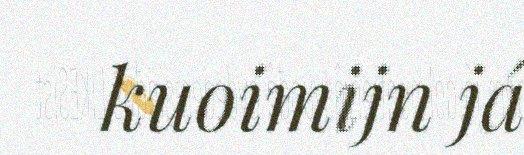
kuoimijn já